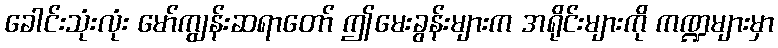
ခေါင်းသုံးလုံး မော်ကျွန်းဆရာတော် ဤမေးခွန်းများက အရိုင်းများကို ကဏ္ဍများမှာ